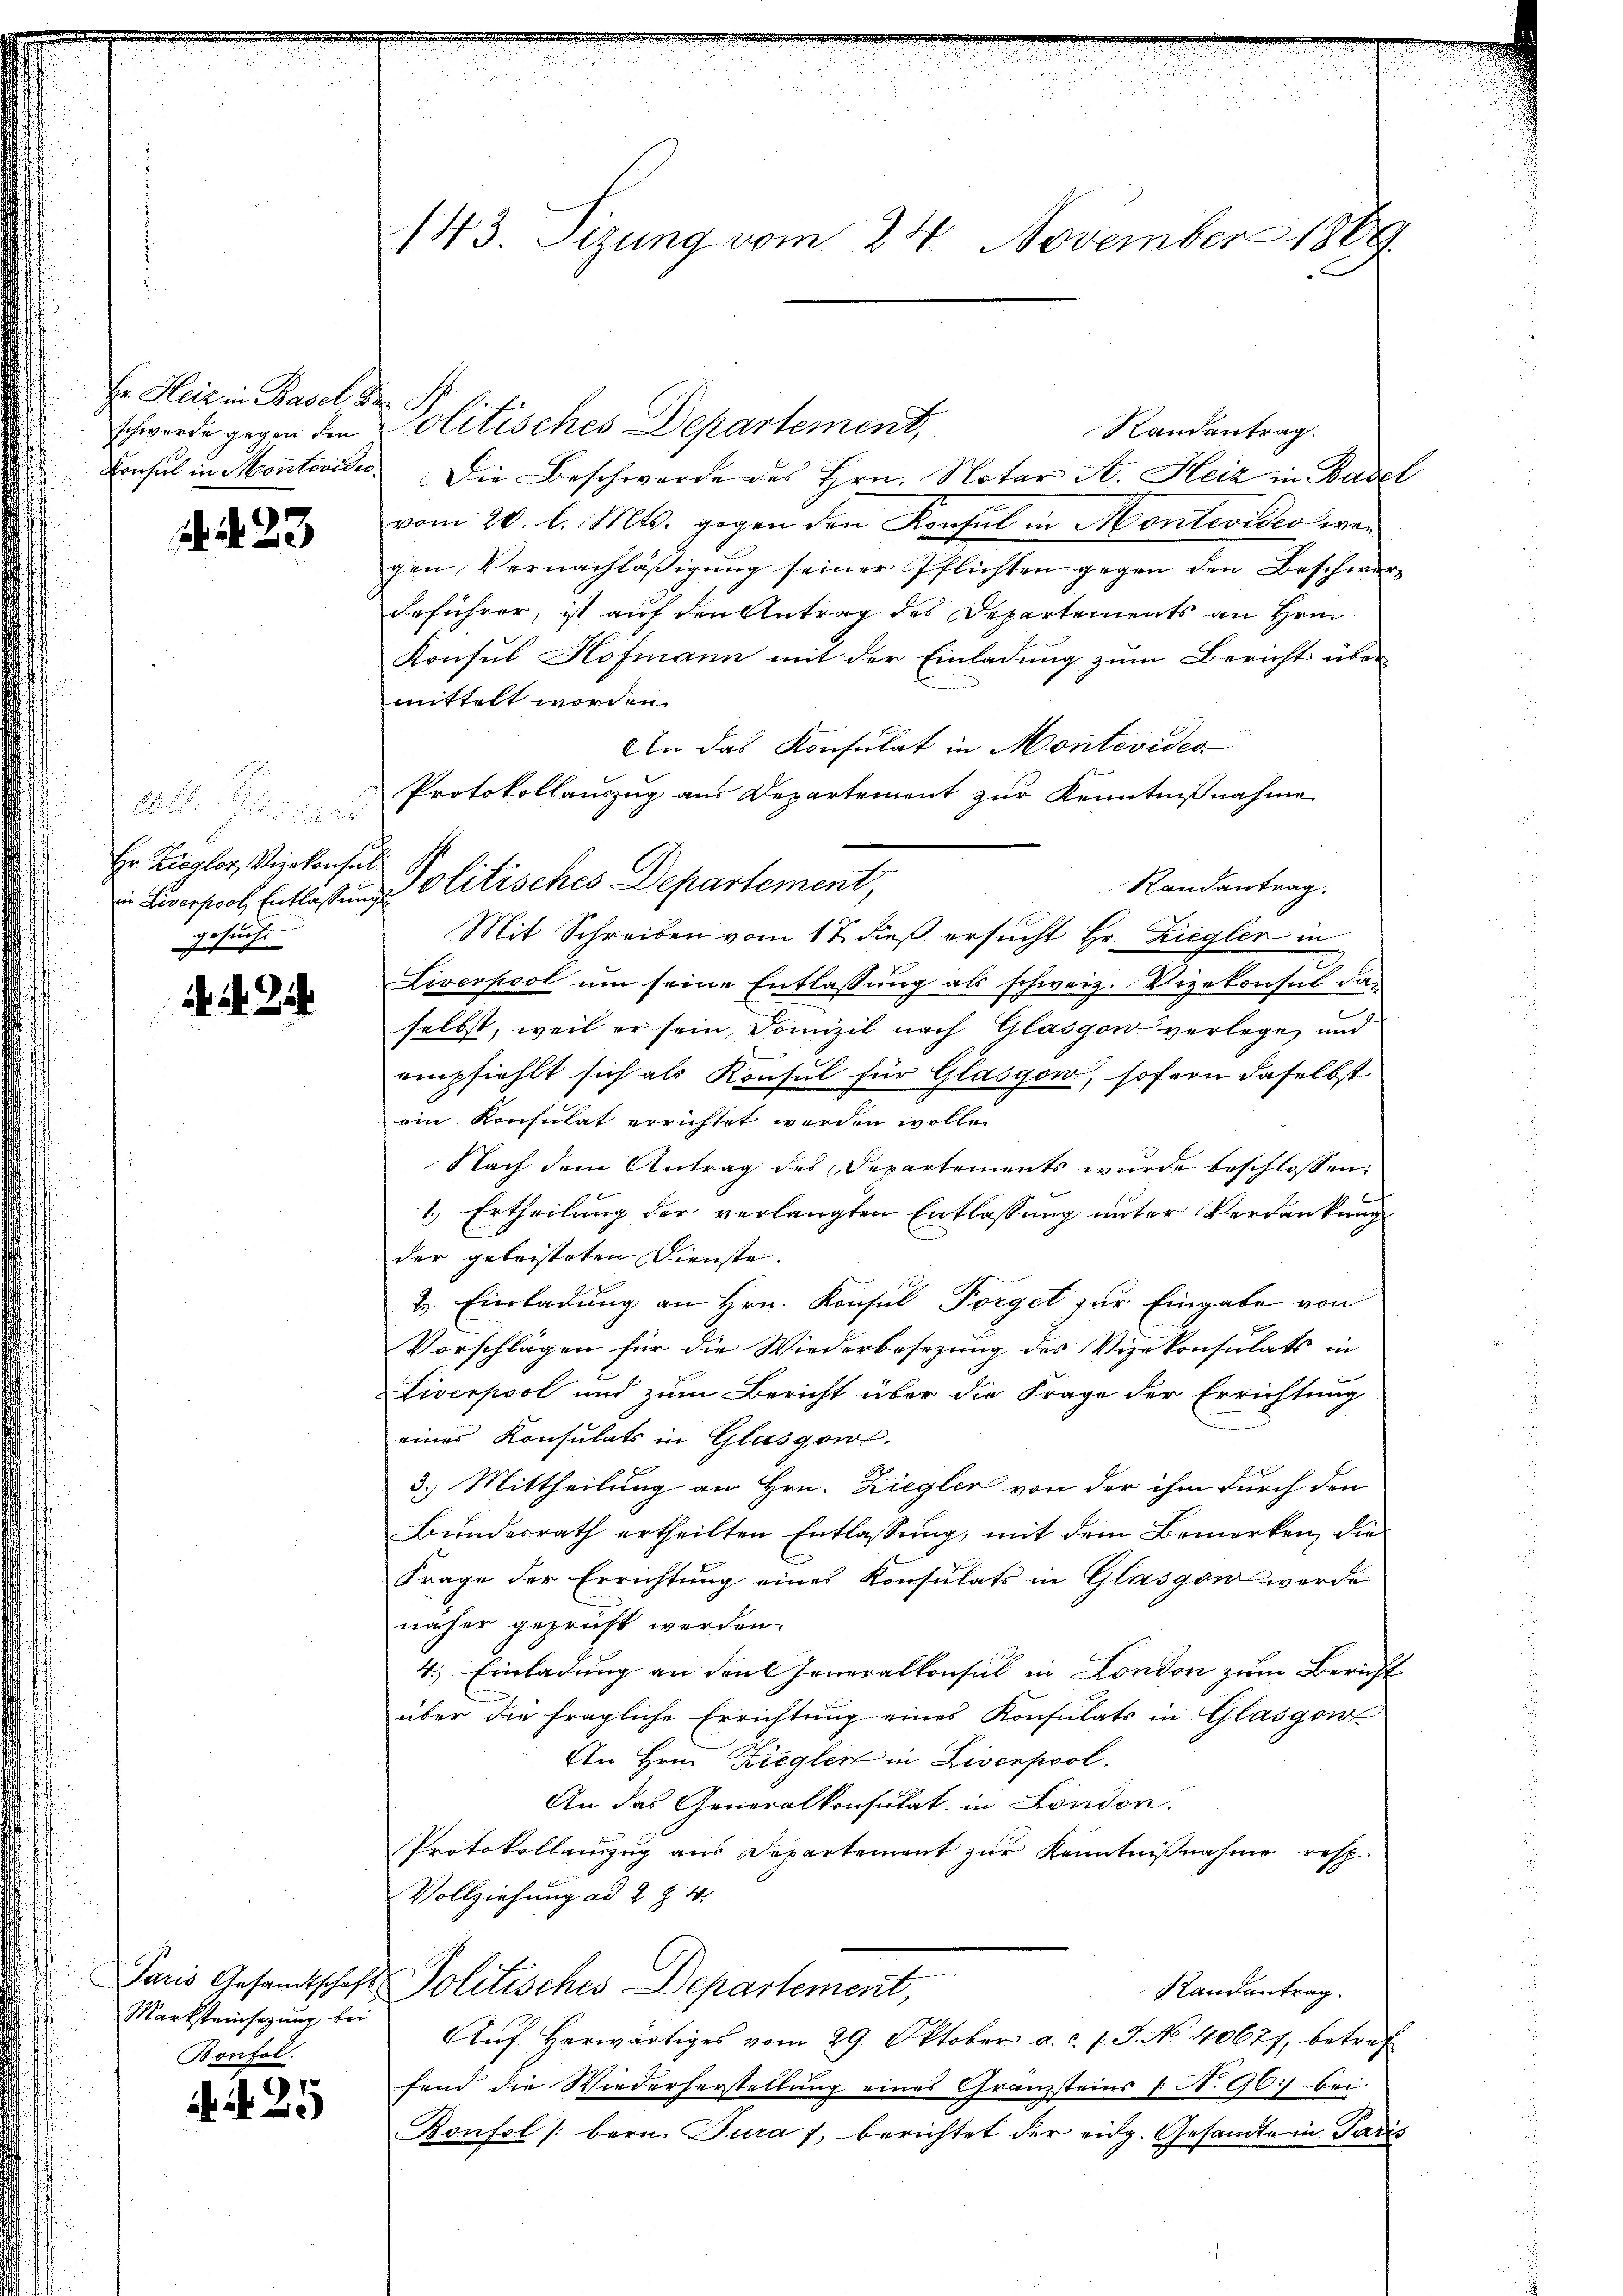
Er Heiz in Basel, die

. 23

1fr. gar
Hr. Ziegler, Vizekonsul
gesucht.
x

d. A. Zi

Marksteinsazung bei
Bonfol

N. 25

143. Sizung vom 24. November 1889

schwerde gegen den Olitisches Departement,
Randantrag.
Consul in Montevide. Die Beschwerde des Hrn. Notar A. Heiz in Basel
vom 20. l. Mts. gegen den Konsul in Montevideo wen
gen Vernachläßigung seiner Pflichten gegen den Beschwerz
deführer, ist auf den Antrag des Departements an Hrn.
Konsul Hofmann mit der Einladung zum Bericht über
mittelt worden.
An das Konsulat in Montevides
Protokollauszug aus Departement zur Kenntnißnahme
Randantrag.
Mit Schreiben vom 17. dieß ersucht Hr. Ziegler in
Liverpool um seine Entlassung als schweiz. Vizekonsul das
selbst, weil er sein Domizil nach Glasgon verlege, und
empfiehlt sich als Konsul für Glasgow, sofern daselbst
ein Konsulat errichtet werden wolle.
Nach dem Antrag des Departements wurde beschlossen:

1.) Ertheilung der verlangten Entlassung unter Verdankung
der geleisteten Dienste.
2. Einladung an Hrn. Konsul Förget zur Eingabe von
Vorschlägen für die Wiederbesezung des Vizekonsulats in
Liverpool und zum Bericht über die Frage der Errichtung
eines Konsulats in Glasgow.
3.) Mittheilung an Hrn. Ziegler von der ihm durch den
Bundesrath ertheilten Entlassung, mit dem Bemerken, die
Frage der Errichtung eines Konsulats in Glasgon werde
näher geprüft werden.
4.) Einladung an Faul Generalkonsul in London zum Bericht
über die fragliche Errichtung eines Konsulats in Glasgon
An Hrn. Ziegler in Liverpool.
An das Generalkonsulat in London.
Protokollauszug aus Departement zŭr Kenntniβnahme resp.
Vollziehung ad 2 Z. 4.
Paris Gesandtschaft Politisches Departement,
Randantrag.
Aŭf herwärtiges vom 29. Oktober a. c. l. J. No. 40677, betref
fend die Wiederherstellŭng eines Gränzsteins (N. 967 bei
Bonfol /:bern Jura), berichtet der eidg. Gesandte in Paris

Liverpool Entlaßung Politisches Departement,